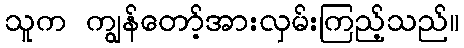
သူက ကျွန်တော့်အားလှမ်းကြည့်သည်။